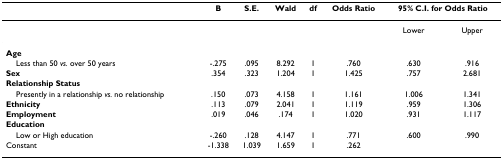
<table><thead><tr><td></td><td><b>B</b></td><td><b>S.E.</b></td><td><b>Wald</b></td><td><b>df</b></td><td><b>Odds Ratio</b></td><td colspan="2"><b>95% C.I. for Odds Ratio</b></td></tr></thead><tbody><tr><td></td><td></td><td></td><td></td><td></td><td></td><td>Lower</td><td>Upper</td></tr><tr><td><b>Age</b></td><td></td><td></td><td></td><td></td><td></td><td></td><td></td></tr><tr><td> Less than 50 <i>vs. </i>over 50 years</td><td>-.275</td><td>.095</td><td>8.292</td><td>1</td><td>.760</td><td>.630</td><td>.916</td></tr><tr><td><b>Sex</b></td><td>.354</td><td>.323</td><td>1.204</td><td>1</td><td>1.425</td><td>.757</td><td>2.681</td></tr><tr><td><b>Relationship Status</b></td><td></td><td></td><td></td><td></td><td></td><td></td><td></td></tr><tr><td> Presently in a relationship <i>vs. </i>no relationship</td><td>.150</td><td>.073</td><td>4.158</td><td>1</td><td>1.161</td><td>1.006</td><td>1.341</td></tr><tr><td><b>Ethnicity</b></td><td>.113</td><td>.079</td><td>2.041</td><td>1</td><td>1.119</td><td>.959</td><td>1.306</td></tr><tr><td><b>Employment</b></td><td>.019</td><td>.046</td><td>.174</td><td>1</td><td>1.020</td><td>.931</td><td>1.117</td></tr><tr><td><b>Education</b></td><td></td><td></td><td></td><td></td><td></td><td></td><td></td></tr><tr><td> Low or High education</td><td>-.260</td><td>.128</td><td>4.147</td><td>1</td><td>.771</td><td>.600</td><td>.990</td></tr><tr><td>Constant</td><td>-1.338</td><td>1.039</td><td>1.659</td><td>1</td><td>.262</td><td></td><td></td></tr></tbody></table>